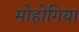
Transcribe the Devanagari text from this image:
मोहोगिया